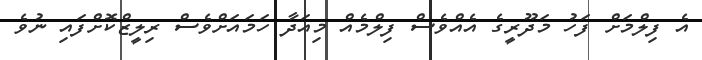
އެ ފިލްމަށް ފަހު މަދޫރީގެ އެއްވެސް ފިލްމެއް މިއަދާ ހަމައަށްވެސް ރިލީޒްކޮށްފައި ނުވެ